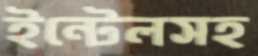
ইন্টেলসহ